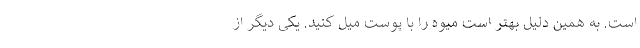
است. به همین دلیل بهتر است میوه را با پوست میل کنید. یکی دیگر از